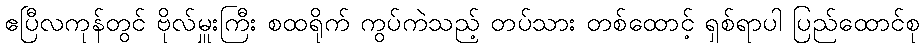
ဧပြီလကုန်တွင် ဗိုလ်မှူးကြီး စထရိုက် ကွပ်ကဲသည့် တပ်သား တစ်ထောင့် ရှစ်ရာပါ ပြည်ထောင်စု